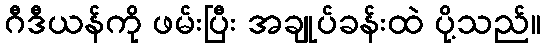
ဂီဒီယန်ကို ဖမ်းပြီး အချုပ်ခန်းထဲ ပို့သည်။